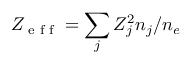
Z _ { \textrm { e f f } } = \sum _ { j } Z _ { j } ^ { 2 } n _ { j } / n _ { e }